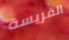
الفريسة